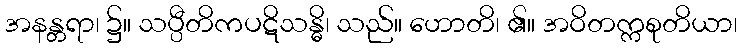
အနန္တရာ၊ ၌။ သပ္ပီတိကပဋိသန္ဓိ၊ သည်။ ဟောတိ၊ ၏။ အဝိတက္ကစုတိယာ၊